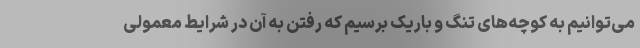
می‌توانیم به کوچه‌های تنگ و باریک برسیم که رفتن به آن در شرایط معمولی